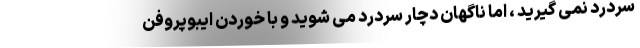
سردرد نمی گیرید ، اما ناگهان دچار سردرد می شوید و با خوردن ایبوپروفن